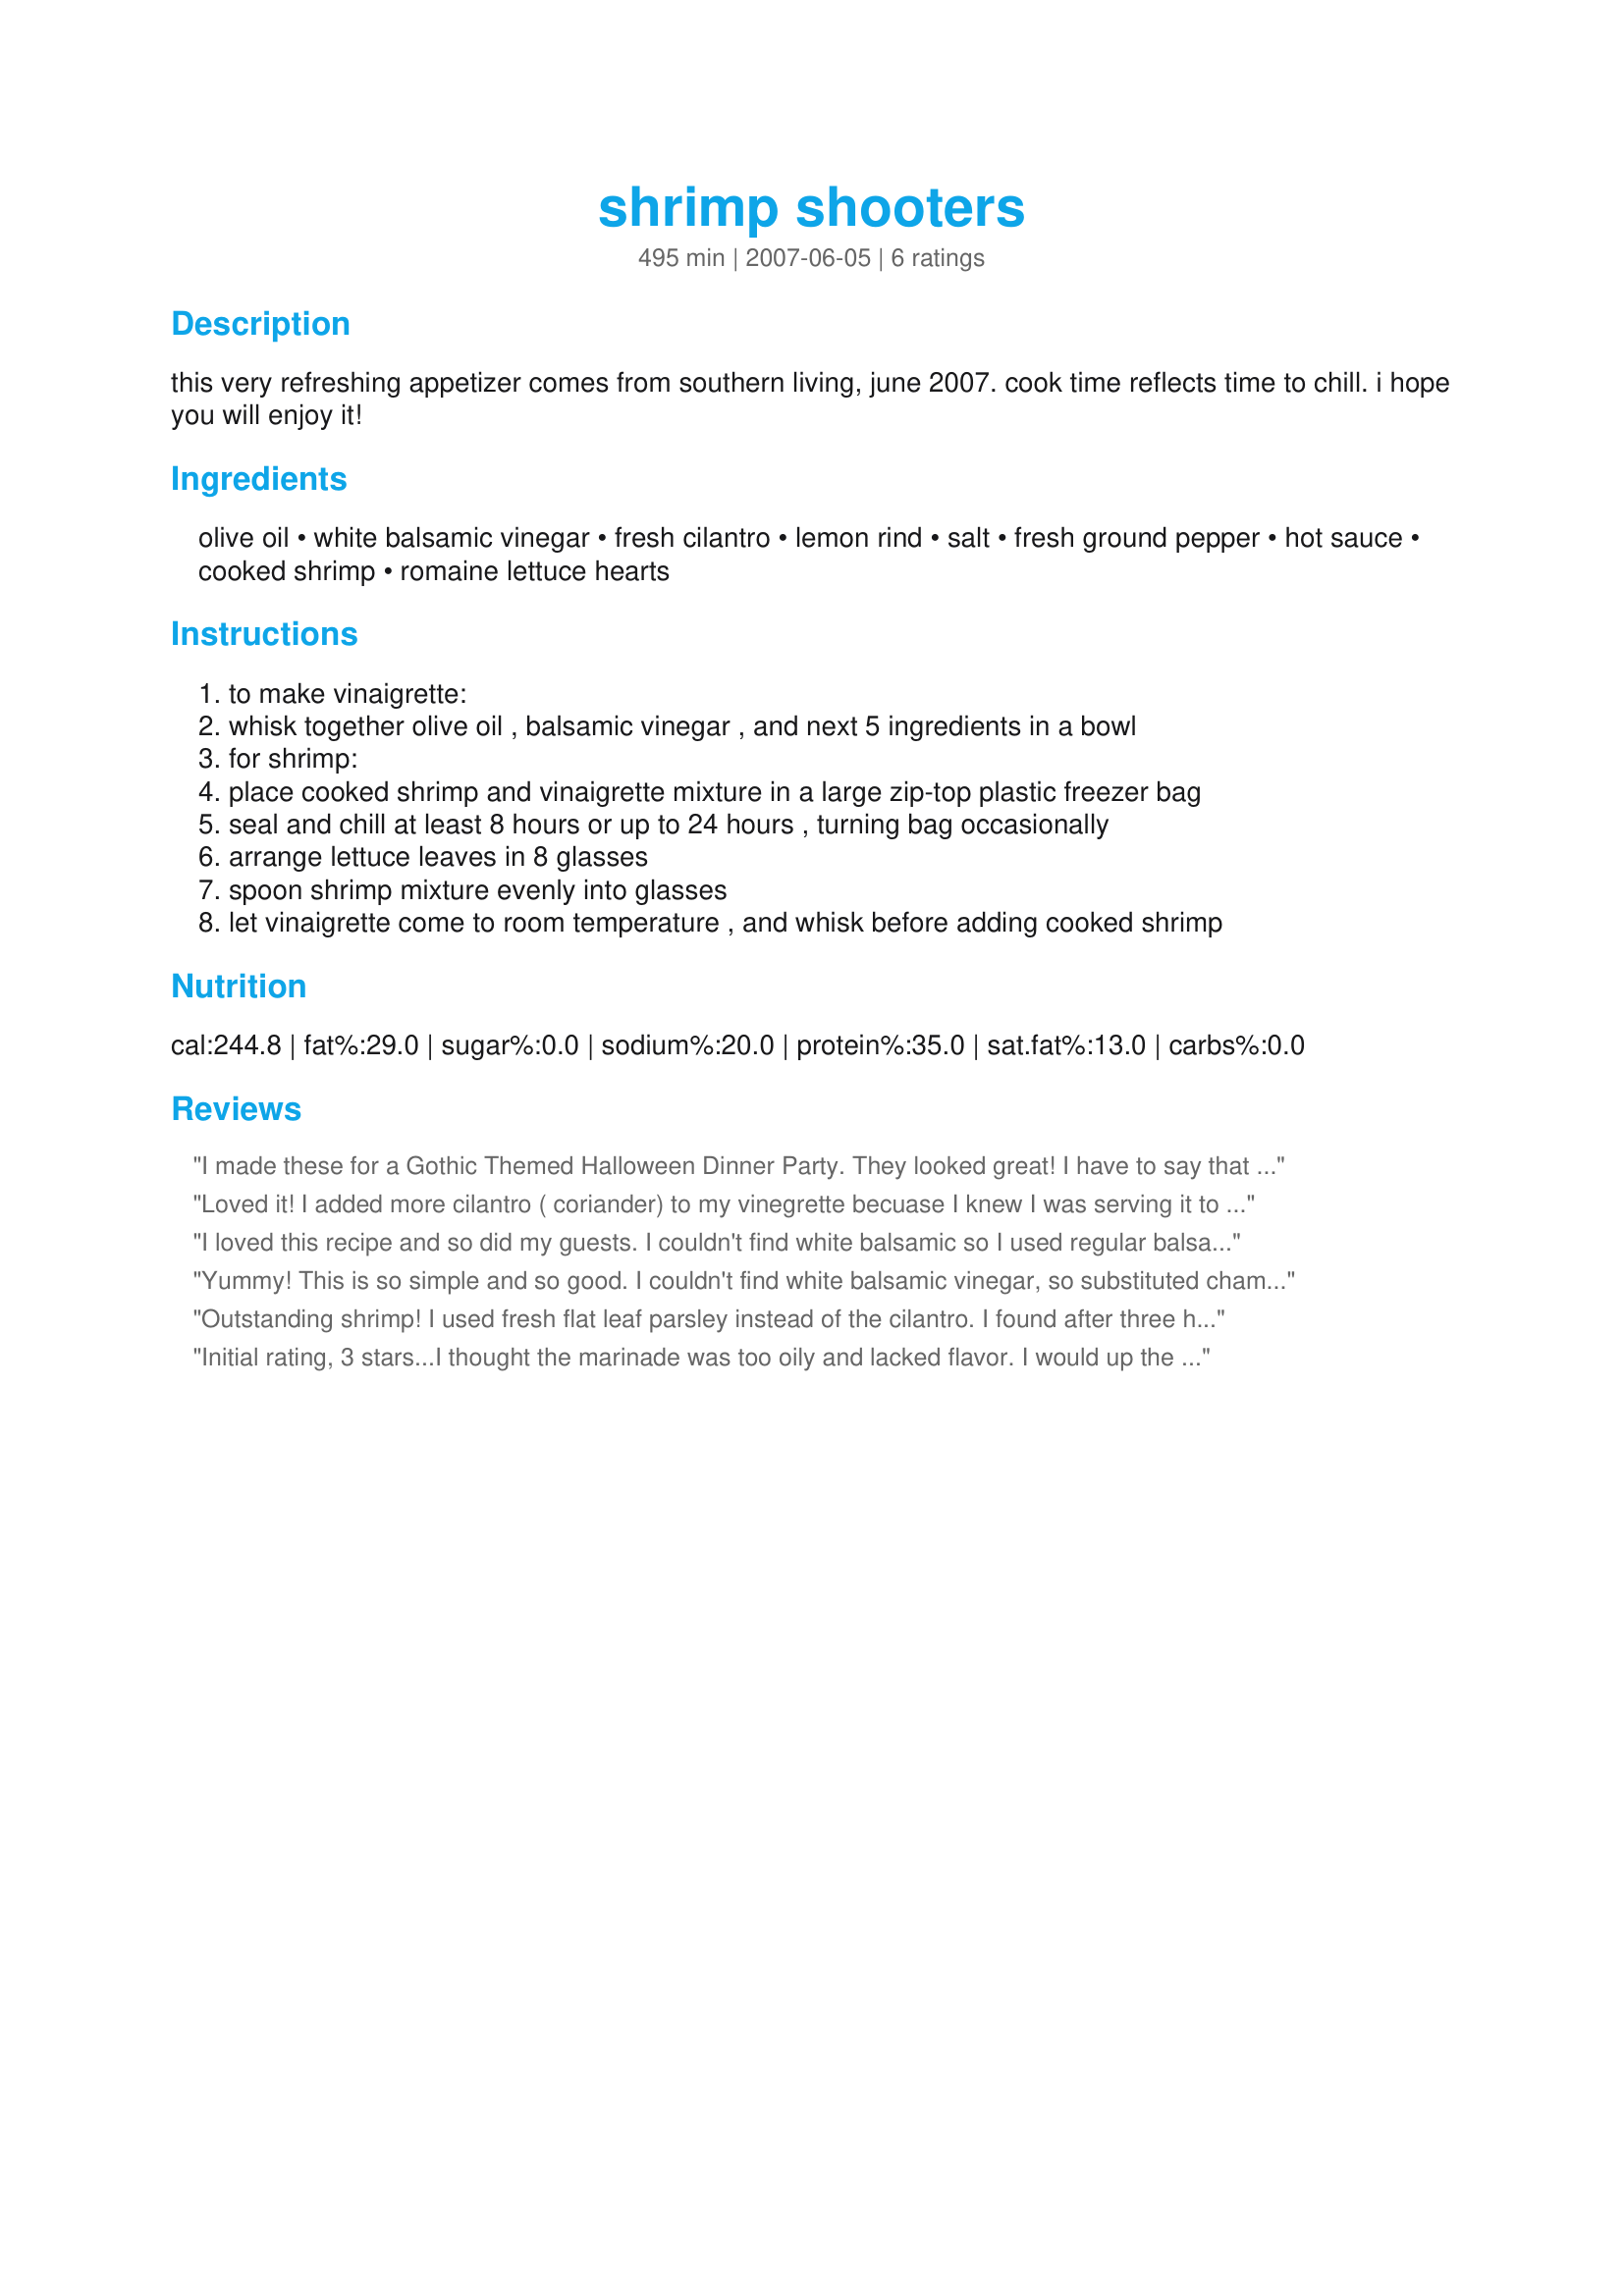
shrimp shooters
Preparation time: 495 minutes

this very refreshing appetizer comes from southern living, june 2007. cook time reflects time to chill. i hope you will enjoy it!

Ingredients:
olive oil, white balsamic vinegar, fresh cilantro, lemon rind, salt, fresh ground pepper, hot sauce, cooked shrimp, romaine lettuce hearts

Steps:
to make vinaigrette:
whisk together olive oil , balsamic vinegar , and next 5 ingredients in a bowl
for shrimp:
place cooked shrimp and vinaigrette mixture in a large zip-top plastic freezer bag
seal and chill at least 8 hours or up to 24 hours , turning bag occasionally
arrange lettuce leaves in 8 glasses
spoon shrimp mixture evenly into glasses
let vinaigrette come to room temperature , and whisk before adding cooked shrimp

Reviews:
I made these for a Gothic Themed Halloween Dinner Party. They looked great! I have to say that they were good and a nice change of pace, but not everyone enjoyed them. There really isn&#039;t anything WRONG with them... they&#039;re just not great.
Loved it! I added more cilantro ( coriander) to my vinegrette becuase I knew I was serving it to guests who love it as much as we do, I chopped up some extra cooked shrimp (peeled) and let that marinate too, filled the shot glasses, then put some extra shrimp (with tails unpeeled) on the shot glasses with a toothpick and let the guest dive in. This was a popular addition to a buffet table and it was well received. I also could not find white balsamic vinegar so used white vinegar, but added a little lemon juice as well as the rind and it was very tasty indeed. Please see my rating system: 4 excellent stars for a recipe that I will be serving again. Thanks!!!
I loved this recipe and so did my guests. I couldn't find white balsamic so I used regular balsamic. GREAT for a different Shrimp Cocktail.
Yummy! This is so simple and so good. I couldn't find white balsamic vinegar, so substituted champagne vinegar. I marinated the shrimp for about 8 hours and we really enjoyed this. Can't wait to serve to company. Thanks Bev for yet another winner. Made for Adopt a Tag 2007.
Outstanding shrimp! I used fresh flat leaf parsley instead of the cilantro. I found after three hours the shrimp were nicely marinated. Very nice idea serving in a martini glass makes for an elegant appy. Thanks Bev for this recipe one that will go into the binder for safe keeping!
Initial rating, 3 stars...I thought the marinade was too oily and lacked flavor. I would up the cilantro, vinegar and hot sauce next time and still use less oil. The general concept is a good one though. I ended up using mine on top of a salad of baby greens. Update: Did like the flavor of leftovers much better the next day, although olive oil tends to solidify when refrigerated. Left to warm at room temp a bit I'd give it 4 stars.
